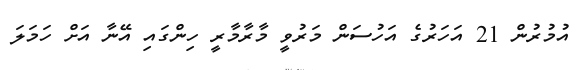
އުމުރުން 21 އަހަރުގެ އަހުސަން މަރުވީ މާރާމާރީ ހިންގައި އޭނާ އަށް ހަމަލަ